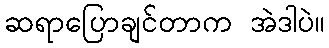
ဆရာပြောချင်တာက အဲဒါပဲ။